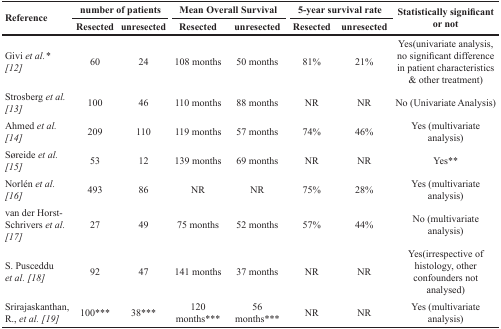
<table><thead><tr><td rowspan="2"><b>Reference</b></td><td colspan="2"><b>number of patients</b></td><td colspan="2"><b>Mean Overall Survival</b></td><td colspan="2"><b>5-year survival rate</b></td><td rowspan="2"><b>Statistically significant or not</b></td></tr><tr><td><b>Resected</b></td><td><b>unresected</b></td><td><b>Resected</b></td><td><b>unresected</b></td><td><b>Resected</b></td><td><b>unresected</b></td></tr></thead><tbody><tr><td>Givi <i>et al.</i>* [12]</td><td>60</td><td>24</td><td>108 months</td><td>50 months</td><td>81%</td><td>21%</td><td>Yes(univariate analysis, no significant difference in patient characteristics &amp; other treatment)</td></tr><tr><td>Strosberg <i>et al.</i> [13]</td><td>100</td><td>46</td><td>110 months</td><td>88 months</td><td>NR</td><td>NR</td><td>No (Univariate Analysis)</td></tr><tr><td>Ahmed <i>et al.</i> [14]</td><td>209</td><td>110</td><td>119 months</td><td>57 months</td><td>74%</td><td>46%</td><td>Yes (multivariate analysis)</td></tr><tr><td>Søreide <i>et al.</i> [15]</td><td>53</td><td>12</td><td>139 months</td><td>69 months</td><td>NR</td><td>NR</td><td>Yes**</td></tr><tr><td>Norlén <i>et al.</i> [16]</td><td>493</td><td>86</td><td>NR</td><td>NR</td><td>75%</td><td>28%</td><td>Yes (multivariate analysis)</td></tr><tr><td>van der Horst-Schrivers <i>et al.</i> [17]</td><td>27</td><td>49</td><td>75 months</td><td>52 months</td><td>57%</td><td>44%</td><td>No (multivariate analysis)</td></tr><tr><td>S. Pusceddu <i>et al.</i> [18]</td><td>92</td><td>47</td><td>141 months</td><td>37 months</td><td>NR</td><td>NR</td><td>Yes(irrespective of histology, other confounders not analysed)</td></tr><tr><td>Srirajaskanthan, R., <i>et al.</i> [19]</td><td>100***</td><td>38***</td><td>120 months***</td><td>56 months***</td><td>NR</td><td>NR</td><td>Yes (multivariate analysis)</td></tr></tbody></table>